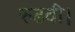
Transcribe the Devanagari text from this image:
रुढवी।